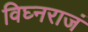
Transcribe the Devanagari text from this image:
विघ्नराजं